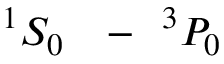
^ { 1 } { S } _ { 0 } \mathrm { ~ \ensuremath ~ { ~ - ~ } ~ } ^ { 3 } { P } _ { 0 }